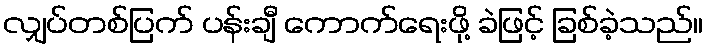
လျှပ်တစ်ပြက် ပန်းချီ ကောက်ရေးဖို့ ခဲဖြင့် ခြစ်ခဲ့သည်။